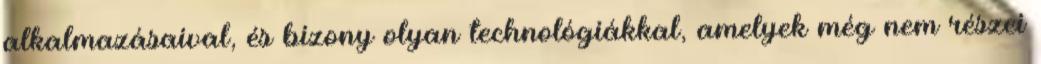
alkalmazásaival, és bizony olyan technológiákkal, amelyek még nem részei